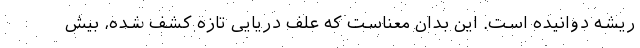
ریشه دوانیده است. این بدان معناست که علف دریایی تازه کشف شده، بیش